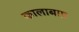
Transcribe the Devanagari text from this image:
कालाबाग़